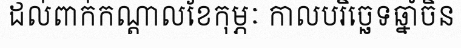
ដល់ពាក់កណ្តាលខែកុម្ភៈ កាលបរិច្ឆេទឆ្នាំចិន